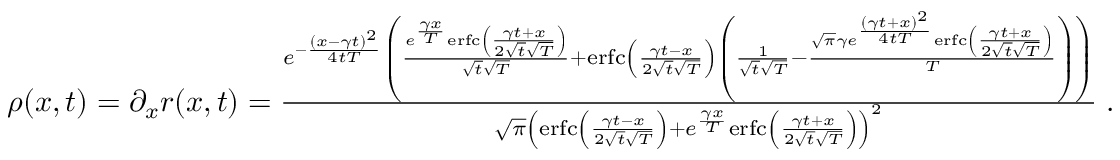
\begin{array} { r } { \rho ( x , t ) = \partial _ { x } r ( x , t ) = \frac { e ^ { - \frac { ( x - \gamma t ) ^ { 2 } } { 4 t T } } \left( \frac { e ^ { \frac { \gamma x } { T } } \mathrm { e r f c } \left( \frac { \gamma t + x } { 2 \sqrt { t } \sqrt { T } } \right) } { \sqrt { t } \sqrt { T } } + \mathrm { e r f c } \left( \frac { \gamma t - x } { 2 \sqrt { t } \sqrt { T } } \right) \left( \frac { 1 } { \sqrt { t } \sqrt { T } } - \frac { \sqrt { \pi } \gamma e ^ { \frac { ( \gamma t + x ) ^ { 2 } } { 4 t T } } \mathrm { e r f c } \left( \frac { \gamma t + x } { 2 \sqrt { t } \sqrt { T } } \right) } { T } \right) \right) } { \sqrt { \pi } \left( \mathrm { e r f c } \left( \frac { \gamma t - x } { 2 \sqrt { t } \sqrt { T } } \right) + e ^ { \frac { \gamma x } { T } } \mathrm { e r f c } \left( \frac { \gamma t + x } { 2 \sqrt { t } \sqrt { T } } \right) \right) ^ { 2 } } \; . } \end{array}